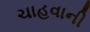
ચાહવાની